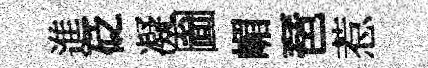
進砭凝圗嵋琶惹